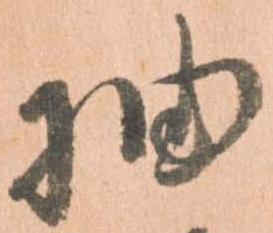
抽